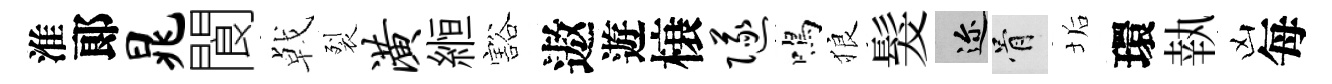
淮郞晁閬㦸裂潢縆豁遨遊榱隧鳴狼髮邇骨垢環執凶每